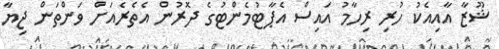
ޝޫޒާ އާއިއެކު ހުރި ރިހާމު އައިސް އެޕާޓުމެންޓުގެ ދޮރުން އެތެރެއަށް ވަންތަން ޖިޔާ